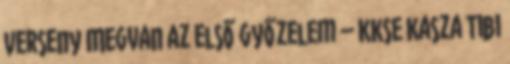
Verseny Megvan az első győzelem – KKSE Kasza Tibi